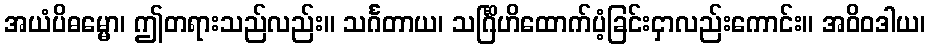
အယံပိဓမ္မော၊ ဤတရားသည်လည်း။ သင်္ဂတာယ၊ သင်္ဂြိဟိထောက်ပံ့ခြင်းငှာလည်းကောင်း။ အဝိဝဒါယ၊